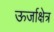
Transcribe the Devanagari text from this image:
ऊर्जाक्षेत्र